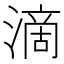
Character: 滴